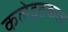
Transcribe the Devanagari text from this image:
कलेइतकाच